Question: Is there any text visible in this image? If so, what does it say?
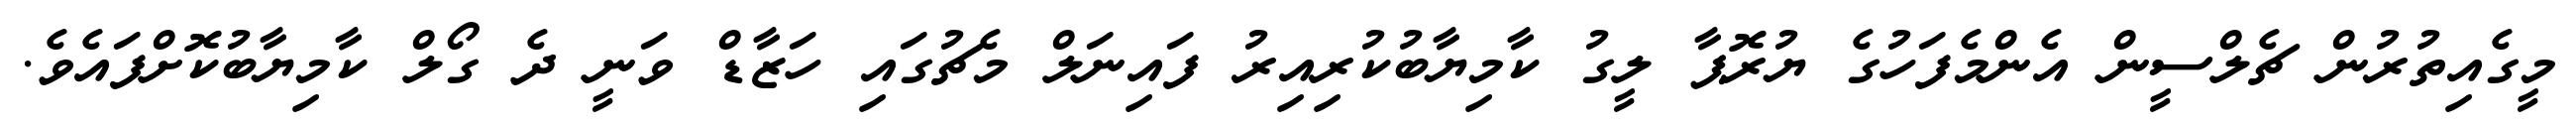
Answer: މީގެއިތުރުން ޗެލްސީން އެންމެފަހުގެ ޔުރޮޕާ ލީގު ކާމިޔާބުކުރިއިރު ފައިނަލް މެޗުގައި ހަޒާޑް ވަނީ ދެ ގޯލް ކާމިޔާބުކޮށްފައެވެ.